Trukikaitis_Postimees, lk 6
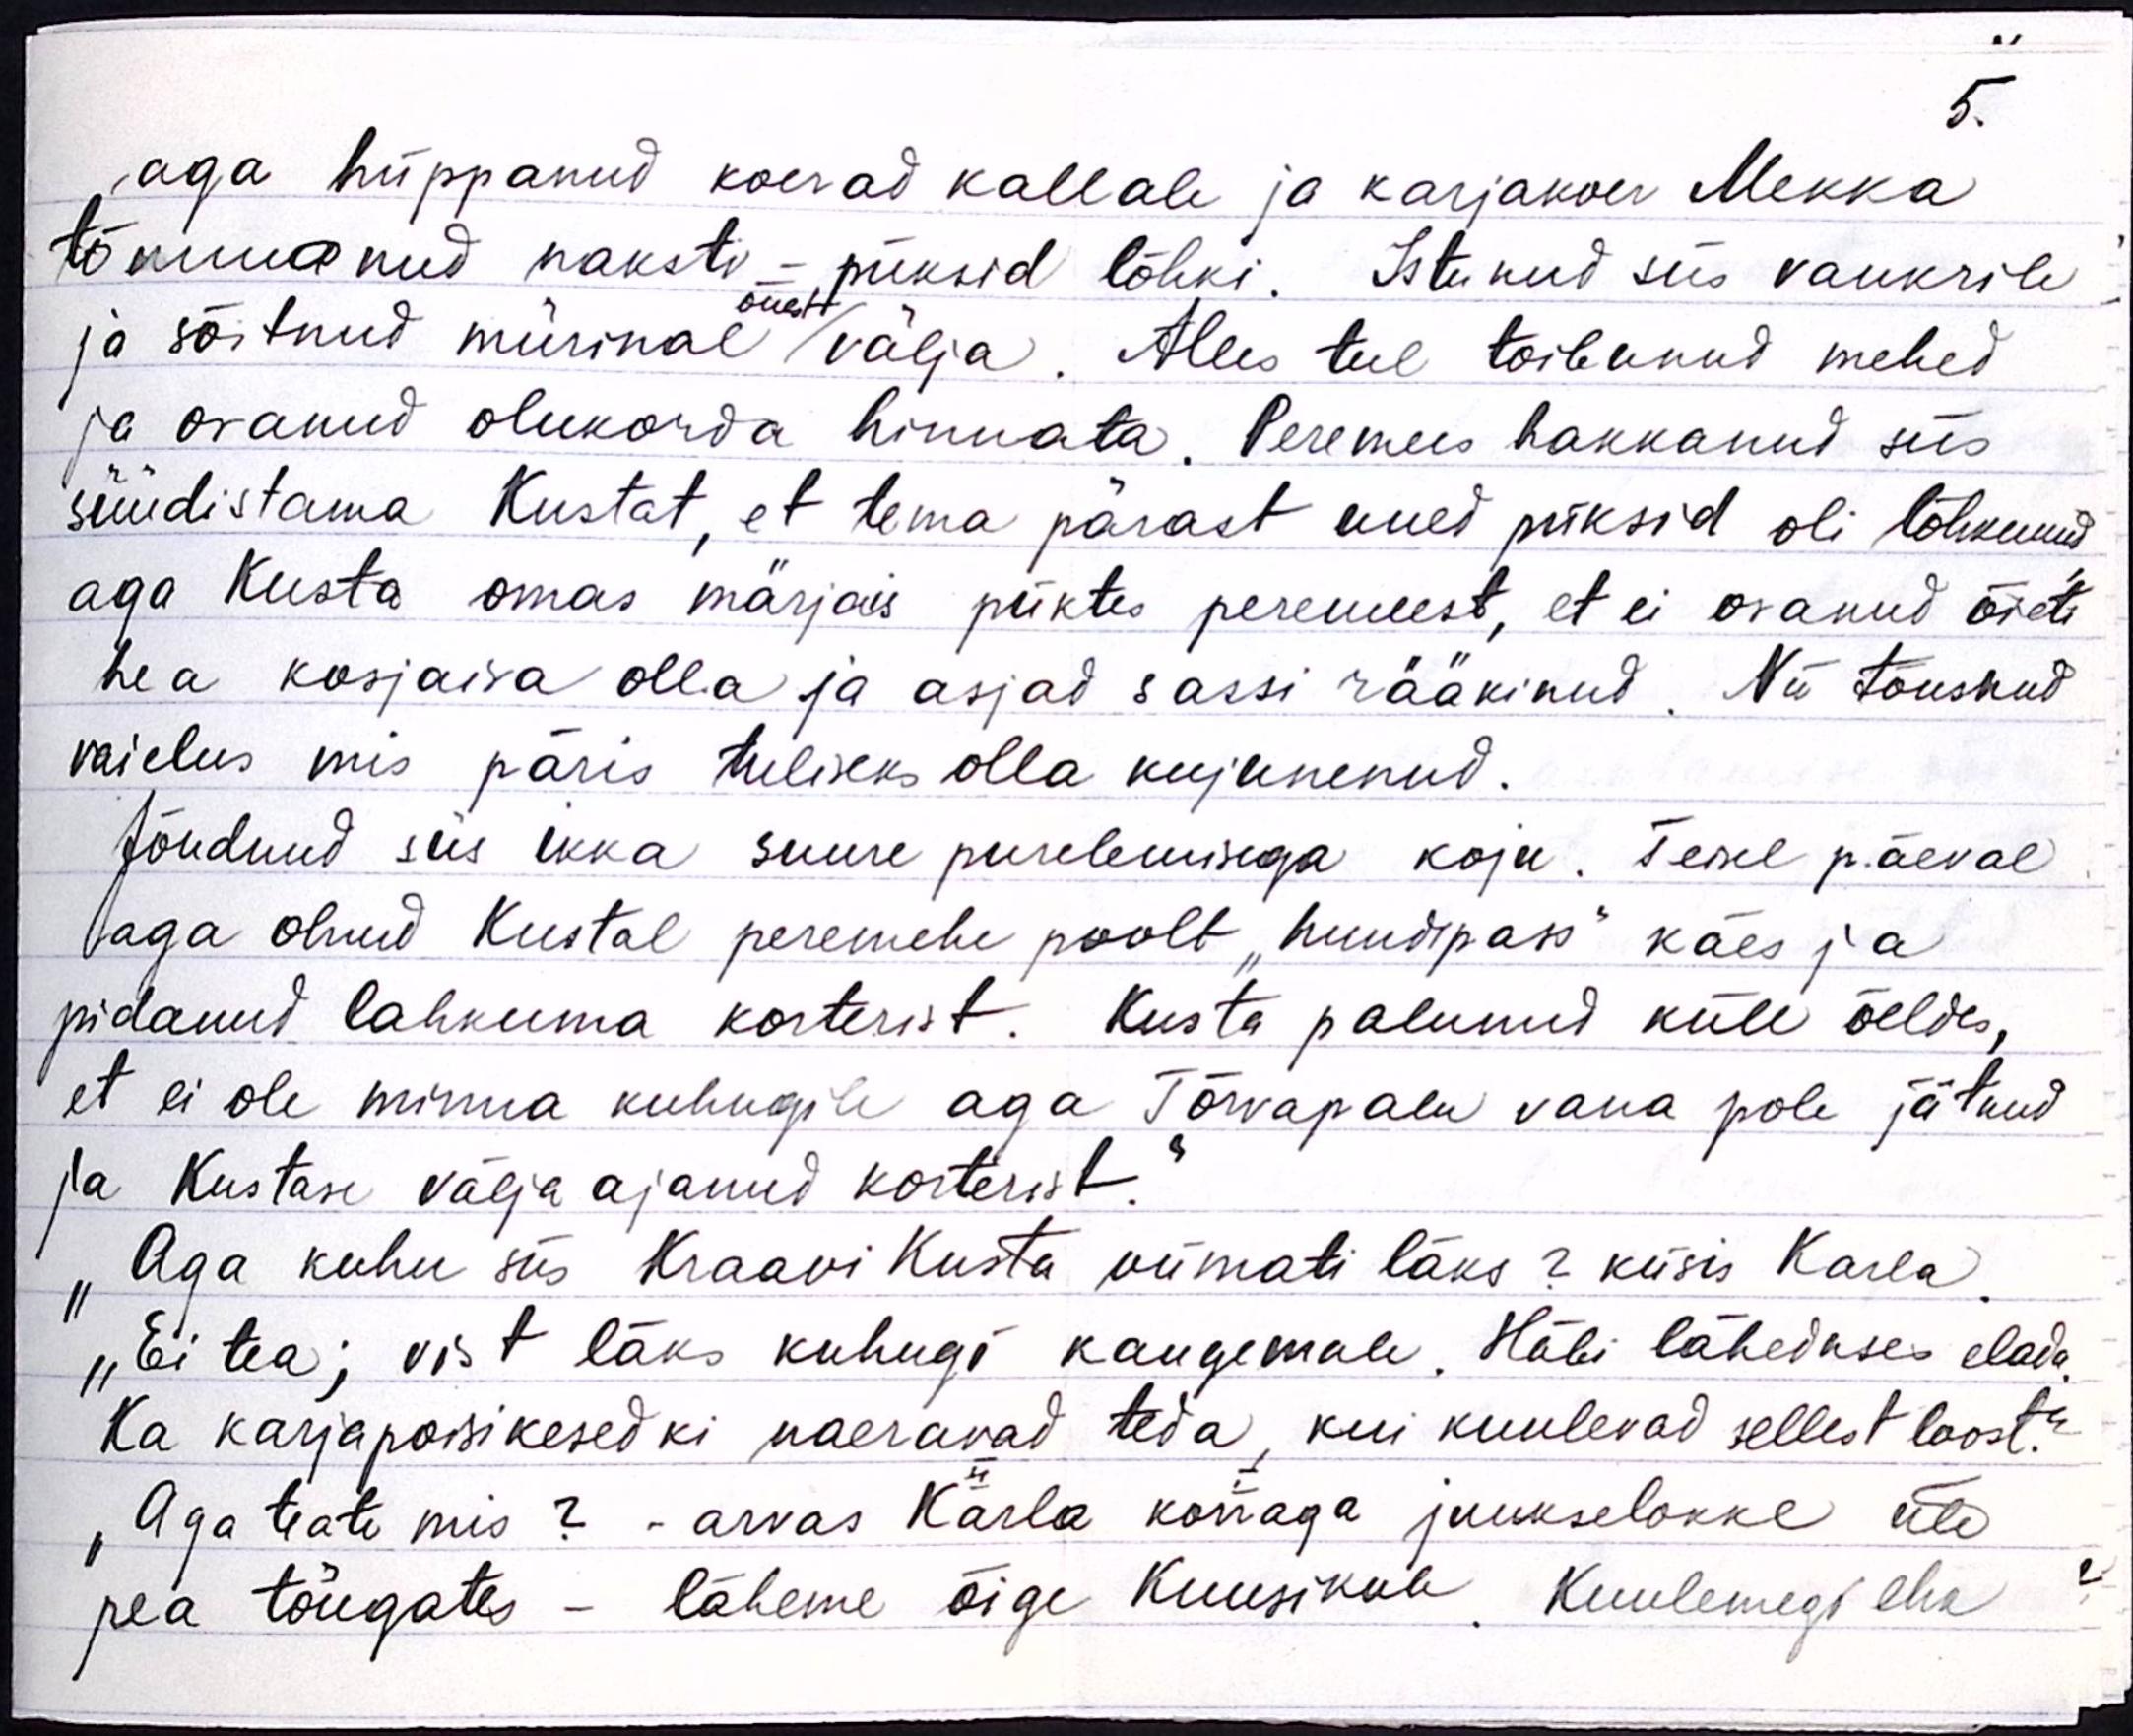
5.
aga hüppanud koerad kallale ja karjakoer Mekka
tõmanud naksti - püksid lõhki. Istunud siis vankrile
õuelt
ja sõitnud mürinal välja. Alles teel toibunud mehed
ja osanud olukorda hinnata. Peremees hakkanud siis
süüdistama Kustat, et tema pärast uued püksid oli lõhkunud
aga Kusta omas märjais püktes peremeest, et ei osanud õieti
hea kosjaisa olla ja asjad sassi rääkinud. Nii tõusnud
vaielus, mis päris tuliseks olla kujunenud.
Jõudnud siis ikka suure purelemisega koju. Teisel päeval
aga olnud Kustal peremehe poolt "hundipass" käes ja
pidanud lahkuma korterist. Kusta palunud küll öeldes,
et ei ole minna kuhugile aga Tõrvapalu vana pole jätnud
ja Kustase välja ajanud korterist."
"Aga kuhu siis Kraavi Kusta viimati läks? küsis Karla.
„Ei tea, vist läks kuhugi kaugemale. Häbi läheduses elada
Ka karjapoisikesedki naeravad teda, kui kuulevad sellest loost."
"Aga teate mis? - arvas Karla korraga juukselokke üle
pea tõugates - läheme õige Kuusikule, kuulemegi ehk